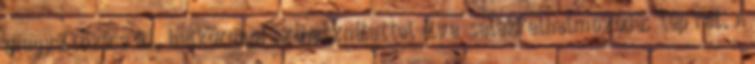
megváltozása áll, hétköznapi szóhasználattal élve „salakfelhalmozódás” lép fel. A